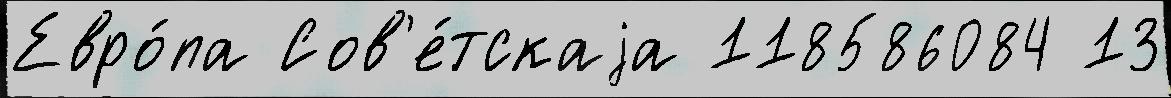
Евро́па Сов'е́тскаjа 118586084 13